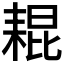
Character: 𦓼